Supplement to the account of plague administration in the Bombay Presidency from September 1896 till May 1897
Year: 1896
Disease focus: Plague
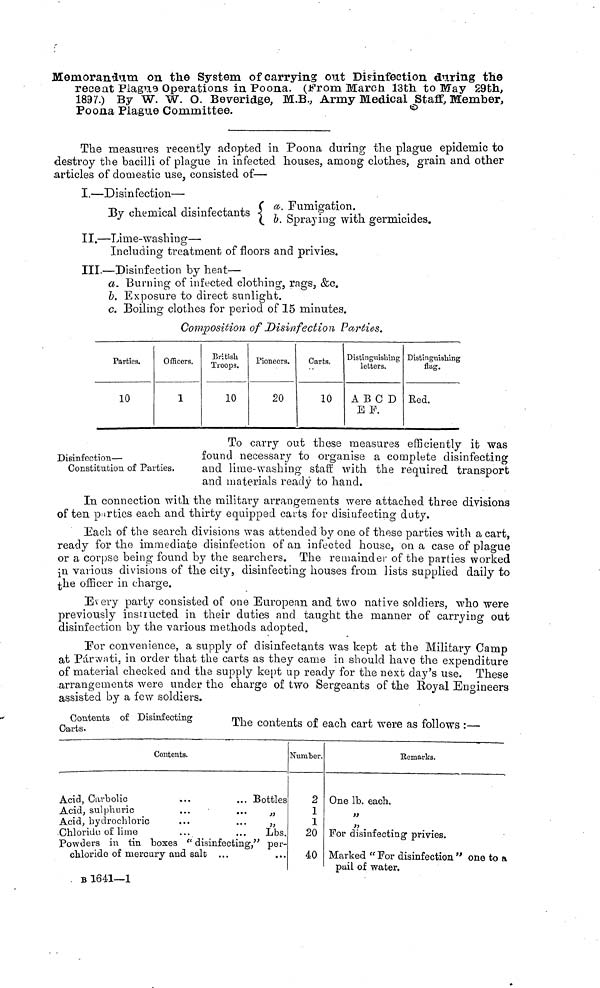
Memorandum on the System of carrying out Disinfection during the
recent Plague Operations in Poona. (From March 13th to May 29th,
1897.) By W. W. O. Beveridge, M.B., Army Medical Staff, Member,
Poona Plague Committee.
The measures recently adopted in Poona during the plague epidemic to
destroy the bacilli of plague in infected houses, among clothes, grain and other
articles of domestic use, consisted of—
I.—Disinfection—
{ a· Fumigation.
By chemical disinfectants { b. Spraying with germicides.
II.—Lime-washing—
Including treatment of floors and privies.
III.—Disinfection by heat—
a. Burning of infected clothing, rags, &c.
b. Exposure to direct sunlight.
c. Boiling clothes for period of 15 minutes.
Composition of Disinfection Parties.
Parties.
10
Officers.
1
British
Troops.
10
Pioneers.
20
Carts.
10
Distinguishing
letters.
A B C D
Ε F.
Distinguishing
flag.
Red.
Disinfection—
Constitution of Parties.
To carry out these measures efficiently it was
found necessary to organise a complete disinfecting
and lime-washing staff with the required transport
and materials ready to hand.
In connection with the military arrangements were attached three divisions
of ten parties each and thirty equipped carts for disinfecting duty.
Each of the search divisions was attended by one of these parties with a cart,
ready for the immediate disinfection of an infected house, on a case of plague
or a corpse being found by the searchers. The remainder of the parties worked
in various divisions of the city, disinfecting houses from lists supplied daily to
the officer in charge.
Every party consisted of one European and two native soldiers, who were
previously instiucted in their duties and taught the manner of carrying out
disinfection by the various methods adopted.
For convenience, a supply of disinfectants was kept at the Military Camp
at Párwati, in order that the carts as they came in should have the expenditure
of material checked and the supply kept up ready for the next day's use. These
arrangements were under the charge of two Sergeants of the Royal Engineers
assisted by a few soldiers.
Contents of Disinfecting
Carts.
The contents of each cart were as follows :—
Contents.
Acid, Carbolic
...
... Bottles
Acid, sulphuric
...
...
,,
Acid, hydrochloric
...
...
,,
Chloride of lime
...
...
Lbs.
Powders in tin boxes " disinfecting," per-
chloride of mercury and salt ...
Β 1641—1
Number.
2
1
1
20
40
Remarles.
One lb. each.
,,
,,
For disinfecting privies.
Marked "For disinfection" one to a
pail of water.